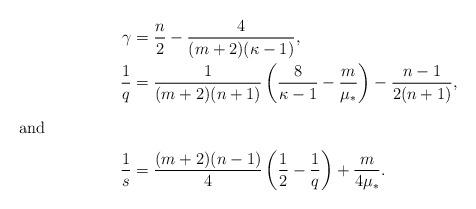
LaTeX: \begin{align*} \gamma &= \frac {n} 2 -\frac{4}{(m+2) (\kappa-1)}, \\ \frac1q &= \frac 1 {(m+2)(n+1)} \left(\frac 8 {\kappa-1} -\frac m {\mu_\ast} \right) -\frac{n-1}{2(n+1)}, \\\intertext{and} \frac 1 s&= \frac{(m+2)(n-1)}4 \left( \frac 1 2 -\frac 1 q\right) +\frac m {4 \mu_\ast}.\end{align*}